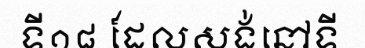
ទី១៨ ដែលសង់នៅទី